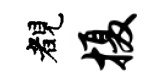
睹摄